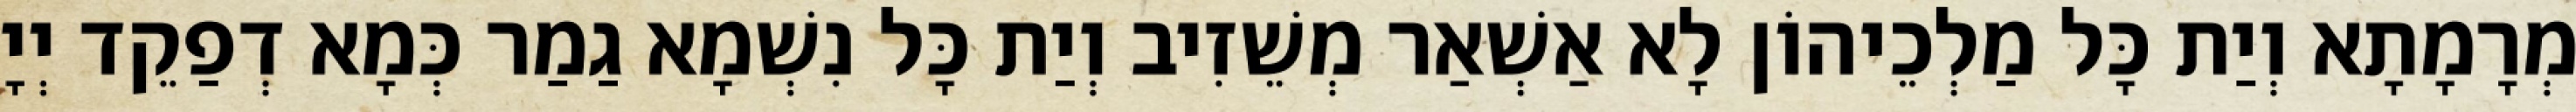
מְרָמָתָא וְיַת כָּל מַלְכֵיהוֹן לָא אַשְׁאַר מְשֵׁזִיב וְיַת כָּל נִשְׁמָא גַמַר כְּמָא דְפַקֵד יְיָ